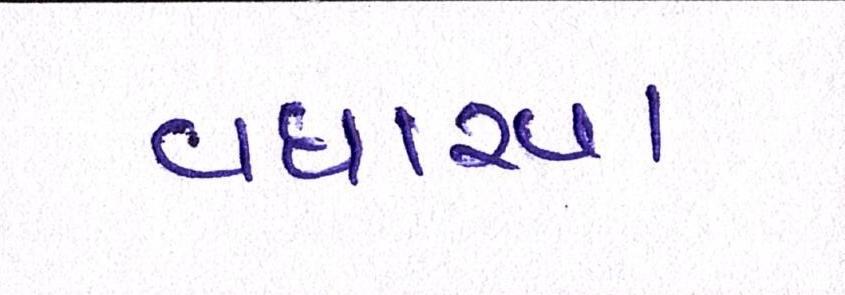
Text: વધારવા